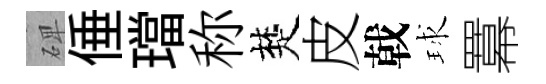
𥓓倕璫称楚皮戟球羃